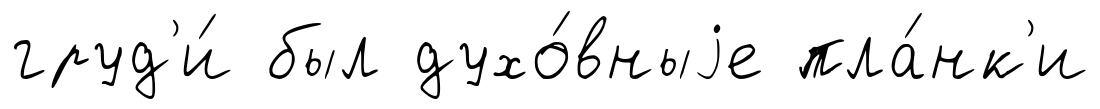
груд'и́ был духо́вныjе пла́нк'и